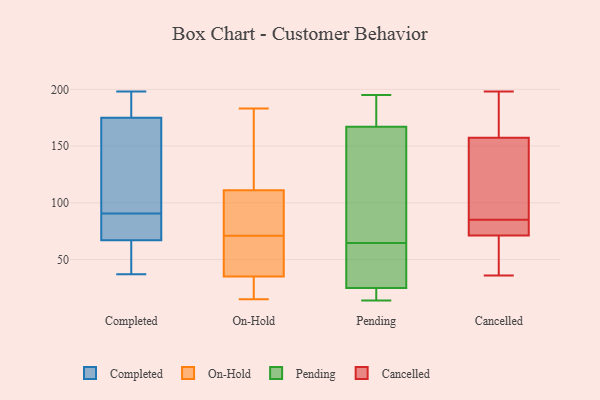
{"axis": {"x": "Budget (USD K)", "y": "Value"}, "legend": ["Cancelled", "Completed", "On-Hold", "Pending"], "data": [{"x": "", "y": 73, "type": "Completed"}, {"x": "", "y": 137, "type": "Completed"}, {"x": "", "y": 145, "type": "Completed"}, {"x": "", "y": 175, "type": "Completed"}, {"x": "", "y": 185, "type": "Completed"}, {"x": "", "y": 84, "type": "Completed"}, {"x": "", "y": 67, "type": "Completed"}, {"x": "", "y": 51, "type": "Completed"}, {"x": "", "y": 188, "type": "Completed"}, {"x": "", "y": 54, "type": "Completed"}, {"x": "", "y": 198, "type": "Completed"}, {"x": "", "y": 37, "type": "Completed"}, {"x": "", "y": 74, "type": "Completed"}, {"x": "", "y": 97, "type": "Completed"}, {"x": "", "y": 57, "type": "On-Hold"}, {"x": "", "y": 68, "type": "On-Hold"}, {"x": "", "y": 34, "type": "On-Hold"}, {"x": "", "y": 95, "type": "On-Hold"}, {"x": "", "y": 164, "type": "On-Hold"}, {"x": "", "y": 111, "type": "On-Hold"}, {"x": "", "y": 110, "type": "On-Hold"}, {"x": "", "y": 15, "type": "On-Hold"}, {"x": "", "y": 66, "type": "On-Hold"}, {"x": "", "y": 74, "type": "On-Hold"}, {"x": "", "y": 15, "type": "On-Hold"}, {"x": "", "y": 120, "type": "On-Hold"}, {"x": "", "y": 50, "type": "On-Hold"}, {"x": "", "y": 130, "type": "On-Hold"}, {"x": "", "y": 81, "type": "On-Hold"}, {"x": "", "y": 23, "type": "On-Hold"}, {"x": "", "y": 35, "type": "On-Hold"}, {"x": "", "y": 183, "type": "On-Hold"}, {"x": "", "y": 25, "type": "Pending"}, {"x": "", "y": 35, "type": "Pending"}, {"x": "", "y": 194, "type": "Pending"}, {"x": "", "y": 195, "type": "Pending"}, {"x": "", "y": 167, "type": "Pending"}, {"x": "", "y": 93, "type": "Pending"}, {"x": "", "y": 25, "type": "Pending"}, {"x": "", "y": 141, "type": "Pending"}, {"x": "", "y": 14, "type": "Pending"}, {"x": "", "y": 36, "type": "Pending"}, {"x": "", "y": 184, "type": "Cancelled"}, {"x": "", "y": 36, "type": "Cancelled"}, {"x": "", "y": 72, "type": "Cancelled"}, {"x": "", "y": 84, "type": "Cancelled"}, {"x": "", "y": 133, "type": "Cancelled"}, {"x": "", "y": 134, "type": "Cancelled"}, {"x": "", "y": 50, "type": "Cancelled"}, {"x": "", "y": 71, "type": "Cancelled"}, {"x": "", "y": 165, "type": "Cancelled"}, {"x": "", "y": 85, "type": "Cancelled"}, {"x": "", "y": 198, "type": "Cancelled"}]}